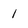
Character: 1